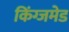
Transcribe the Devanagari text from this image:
किंग्जमेड